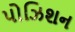
પોઝિશન